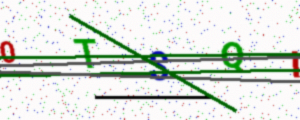
Text: 0TSQI